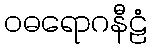
ဝဓရောဂနီဠံ